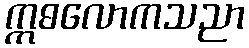
ဣဓလောကသညာ